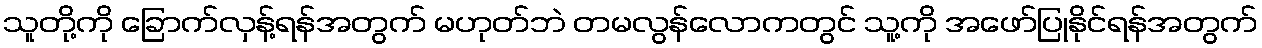
သူတို့ကို ခြောက်လှန့်ရန်အတွက် မဟုတ်ဘဲ တမလွန်လောကတွင် သူ့ကို အဖော်ပြုနိုင်ရန်အတွက်